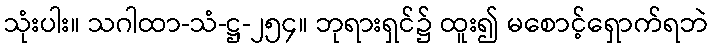
သုံးပါး။ သဂါထာ-သံ-ဋ္ဌ-၂၅၄။ ဘုရားရှင်၌ ထူး၍ မစောင့်ရှောက်ရဘဲ